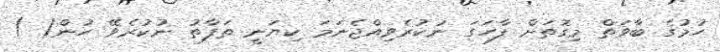
ހުމުގެ ބާވަތް މިގޮތަށް ފާހަގަ ނުކުރެވިއްޖެނަމަ ކިޔަނީ ތަފާތު ނުކުރެވޭ ހުން( )